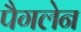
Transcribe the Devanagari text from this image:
पैगलेन